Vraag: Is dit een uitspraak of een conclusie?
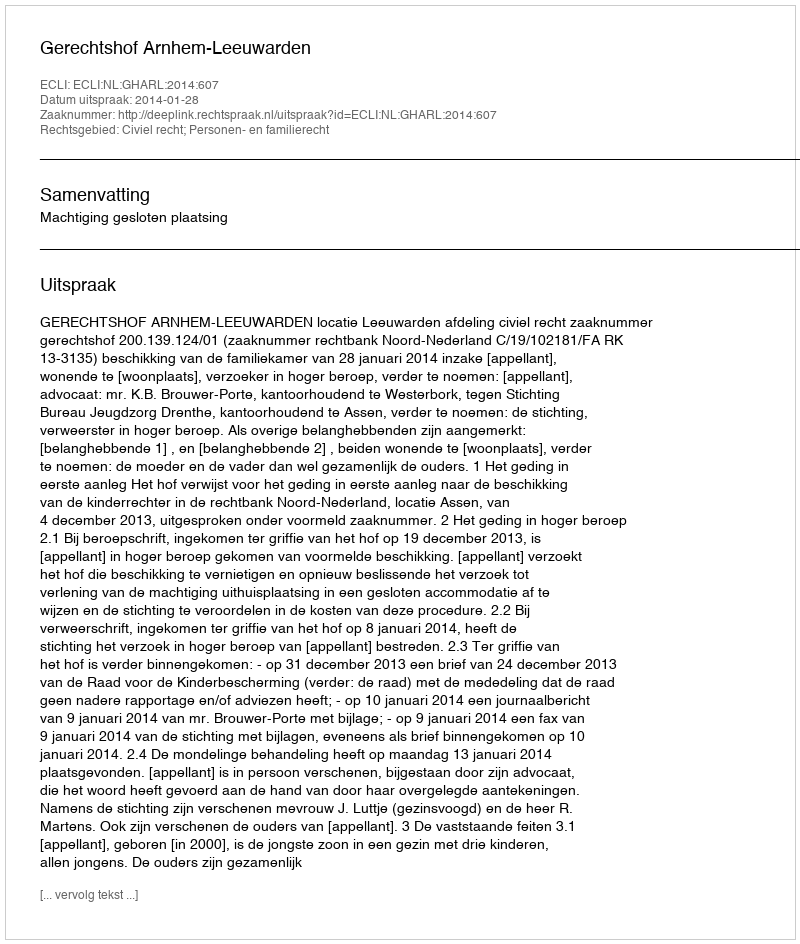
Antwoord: Uitspraak